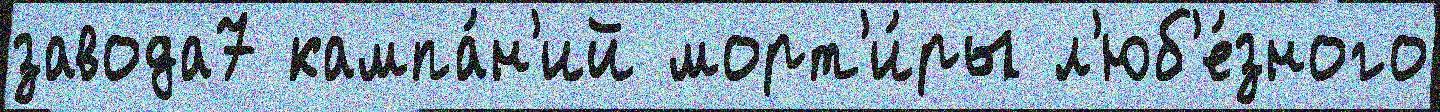
завода7 кампа́н'ий морт'и́ры л'юб'е́зного